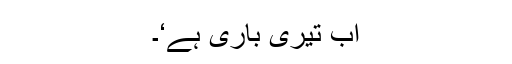
اب تیری باری ہے‘۔